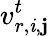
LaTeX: v_{r,\mathit{i},\mathbf{j}}^{t}